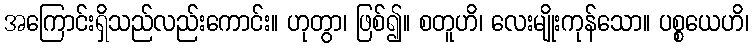
အကြောင်းရှိသည်လည်းကောင်း။ ဟုတွာ၊ ဖြစ်၍။ စတူဟိ၊ လေးမျိုးကုန်သော။ ပစ္စယေဟိ၊